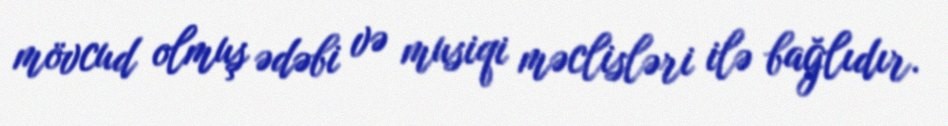
mövcud olmuş ədəbi və musiqi məclisləri ilə bağlıdır.